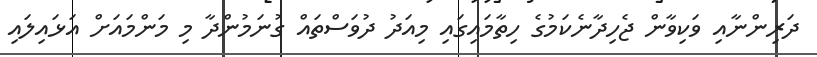
ދަރިންނާއި ވަކިވާން ޖެހިދާނެކަމުގެ ހިތާމައިގައި މިއަދު ދުވަސްތައް ގުނަމުންދާ މި މަންމައަށް އަޅައިލައި